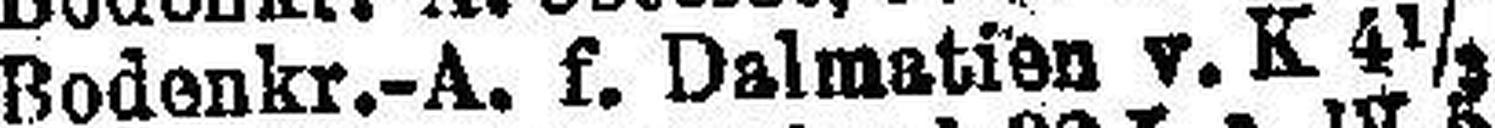
Bodenkr.-A. f. Dalmatien v. K 4½